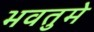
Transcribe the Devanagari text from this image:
भवतुमे